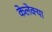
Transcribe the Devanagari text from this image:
केलेक्या